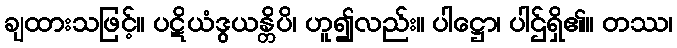
ချထားသဖြင့်။ ပဋိယံဒွယန္တိပိ၊ ဟူ၍လည်း။ ပါဋ္ဌော၊ ပါဌ်ရှိ၏။ တဿ၊